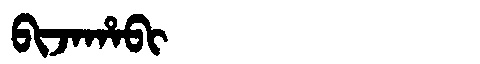
Manchu: ᠪᡳᠵᠠᡥᠠᠪᡳ
Romanization: BIJAHABI